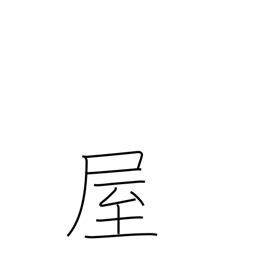
Meaning: seller